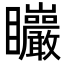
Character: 𥍛